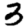
Digit: 3